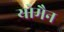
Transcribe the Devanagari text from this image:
योमैन